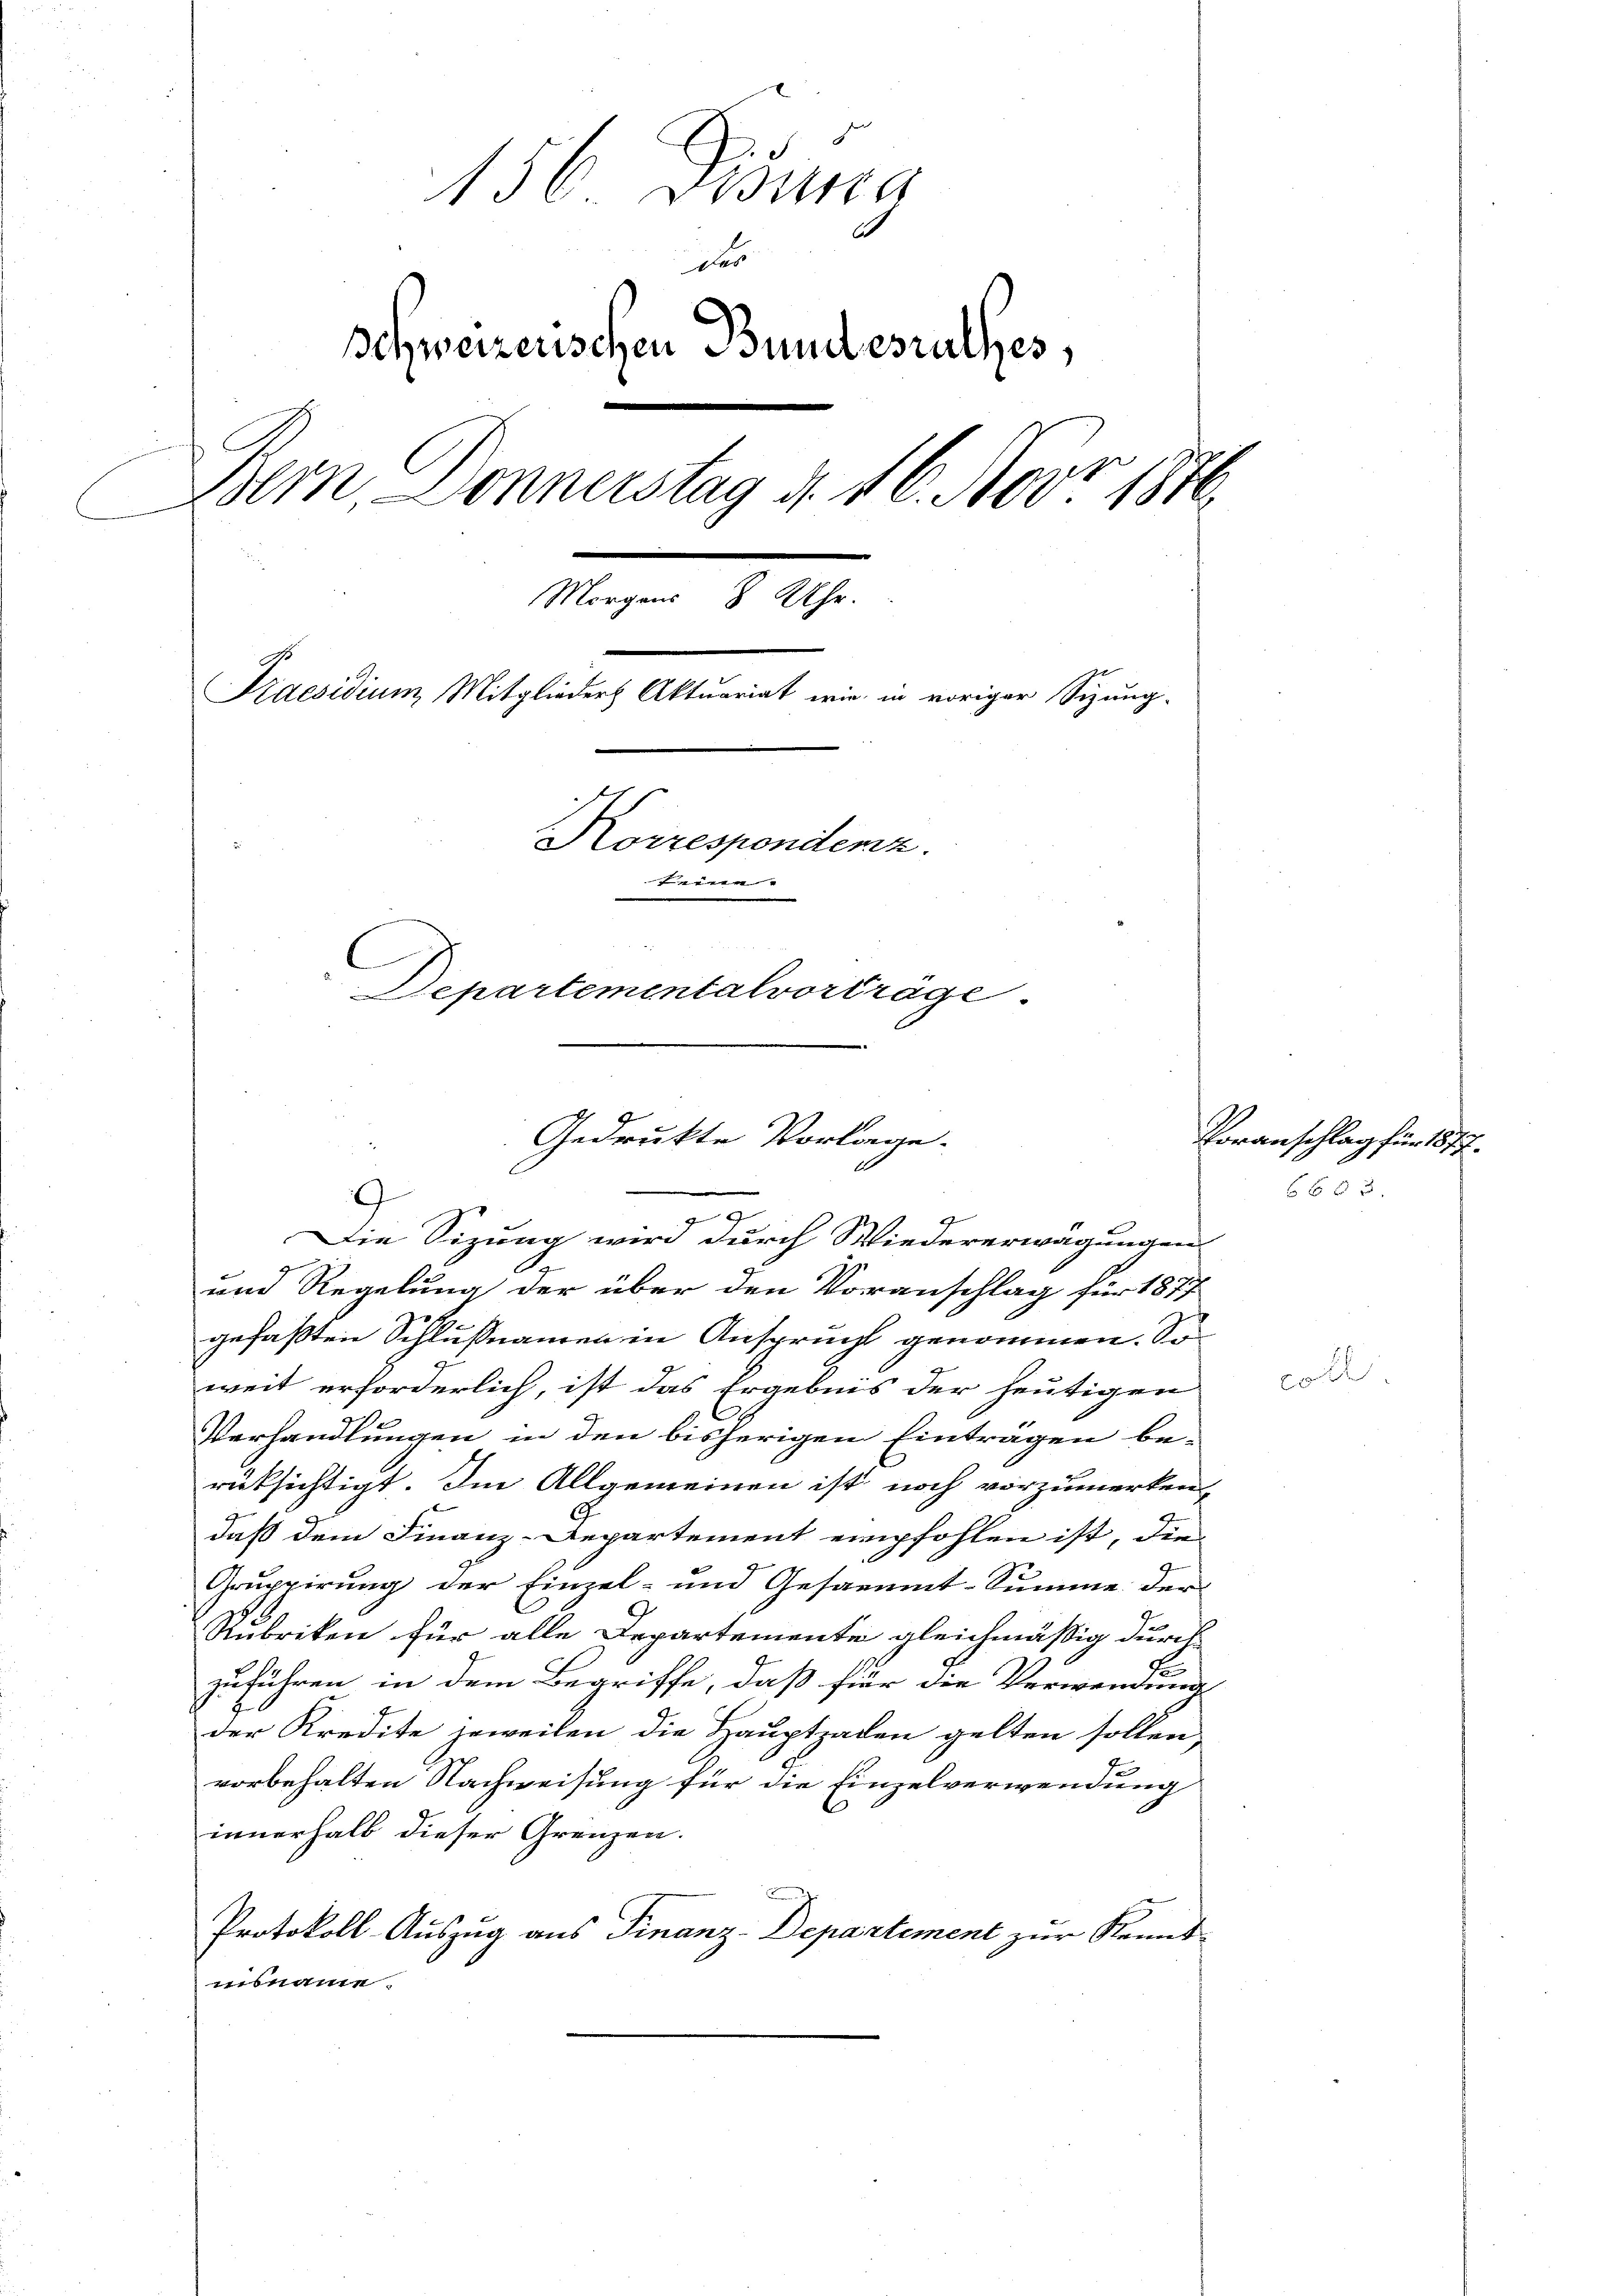
156. Disung
des
Schweizerischen Bundesrathes,
Bern Donnerstag d. 16. Nobr. 1876
Morgens 8 Uhr.
Praesidium, Mitglieder Aktuariat wie in voriger Sizung-
Korrespondenz.
seinen
C
Departementalvorträge

9
und Regelung der über den Voranschlag für 1877
gefaßten Schlußnamen in Anspruch genommen. So
weit erforderlich, ist das Ergebnis der heutigen
Verhandlungen in den bisherigen Einträgen be-
rüksichtigt. Im Allgemeinen ist noch vorzumerken,
9
4
daß dem Finanz-Departement empfohlen ist, die
Gruppirung der Einzel- und Gesammt-Summe der
Rubriken für alle Departemente gleichmäßig durch
zuführen in dem Begriffe, daß für die Verwendung
der Kredite jeweilen die Hauptzaden gelten sollen,
vorbehalten Nachweisung für die Einzelverwendung
innerhalb dieser Grenzen.
Protokoll-Auszug aus Finanz-Departement zur Kennt
insname

Gedrukte Vorlage.
5
Die Sizung wird durch Wiedererwägungen

Voranschlag für 1877.
6663.

bl